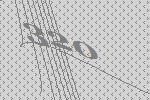
320